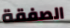
الصفقة